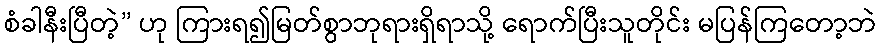
စံခါနီးပြီတဲ့” ဟု ကြားရ၍မြတ်စွာဘုရားရှိရာသို့ ရောက်ပြီးသူတိုင်း မပြန်ကြတော့ဘဲ